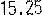
15.25